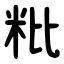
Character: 粃